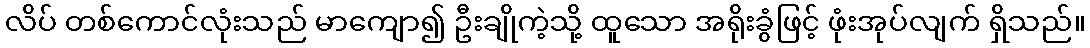
လိပ် တစ်ကောင်လုံးသည် မာကျော၍ ဦးချိုကဲ့သို့ ထူသော အရိုးခွံဖြင့် ဖုံးအုပ်လျက် ရှိသည်။